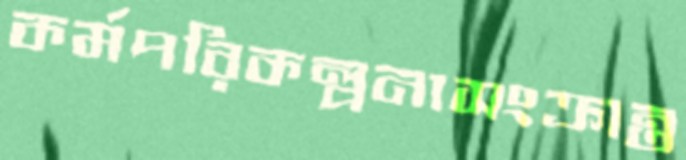
কর্মপরিকল্পনাসংক্রান্ত